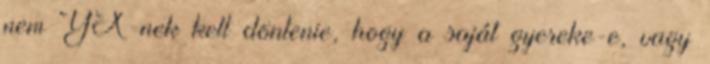
nem YX-nek kell döntenie, hogy a saját gyereke-e, vagy